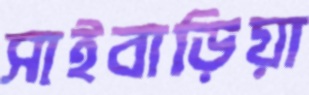
সাইবাড়িয়া